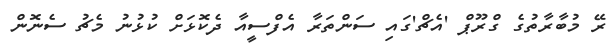
ރޭ މުބާރާތުގެ ގްރޫޕް 'އެޗް'ގައި ސަންތަރާ އެފްސީއާ ދެކޮޅަށް ކުޅުނު މެޗު ސެނޮން